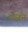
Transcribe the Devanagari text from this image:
तजन